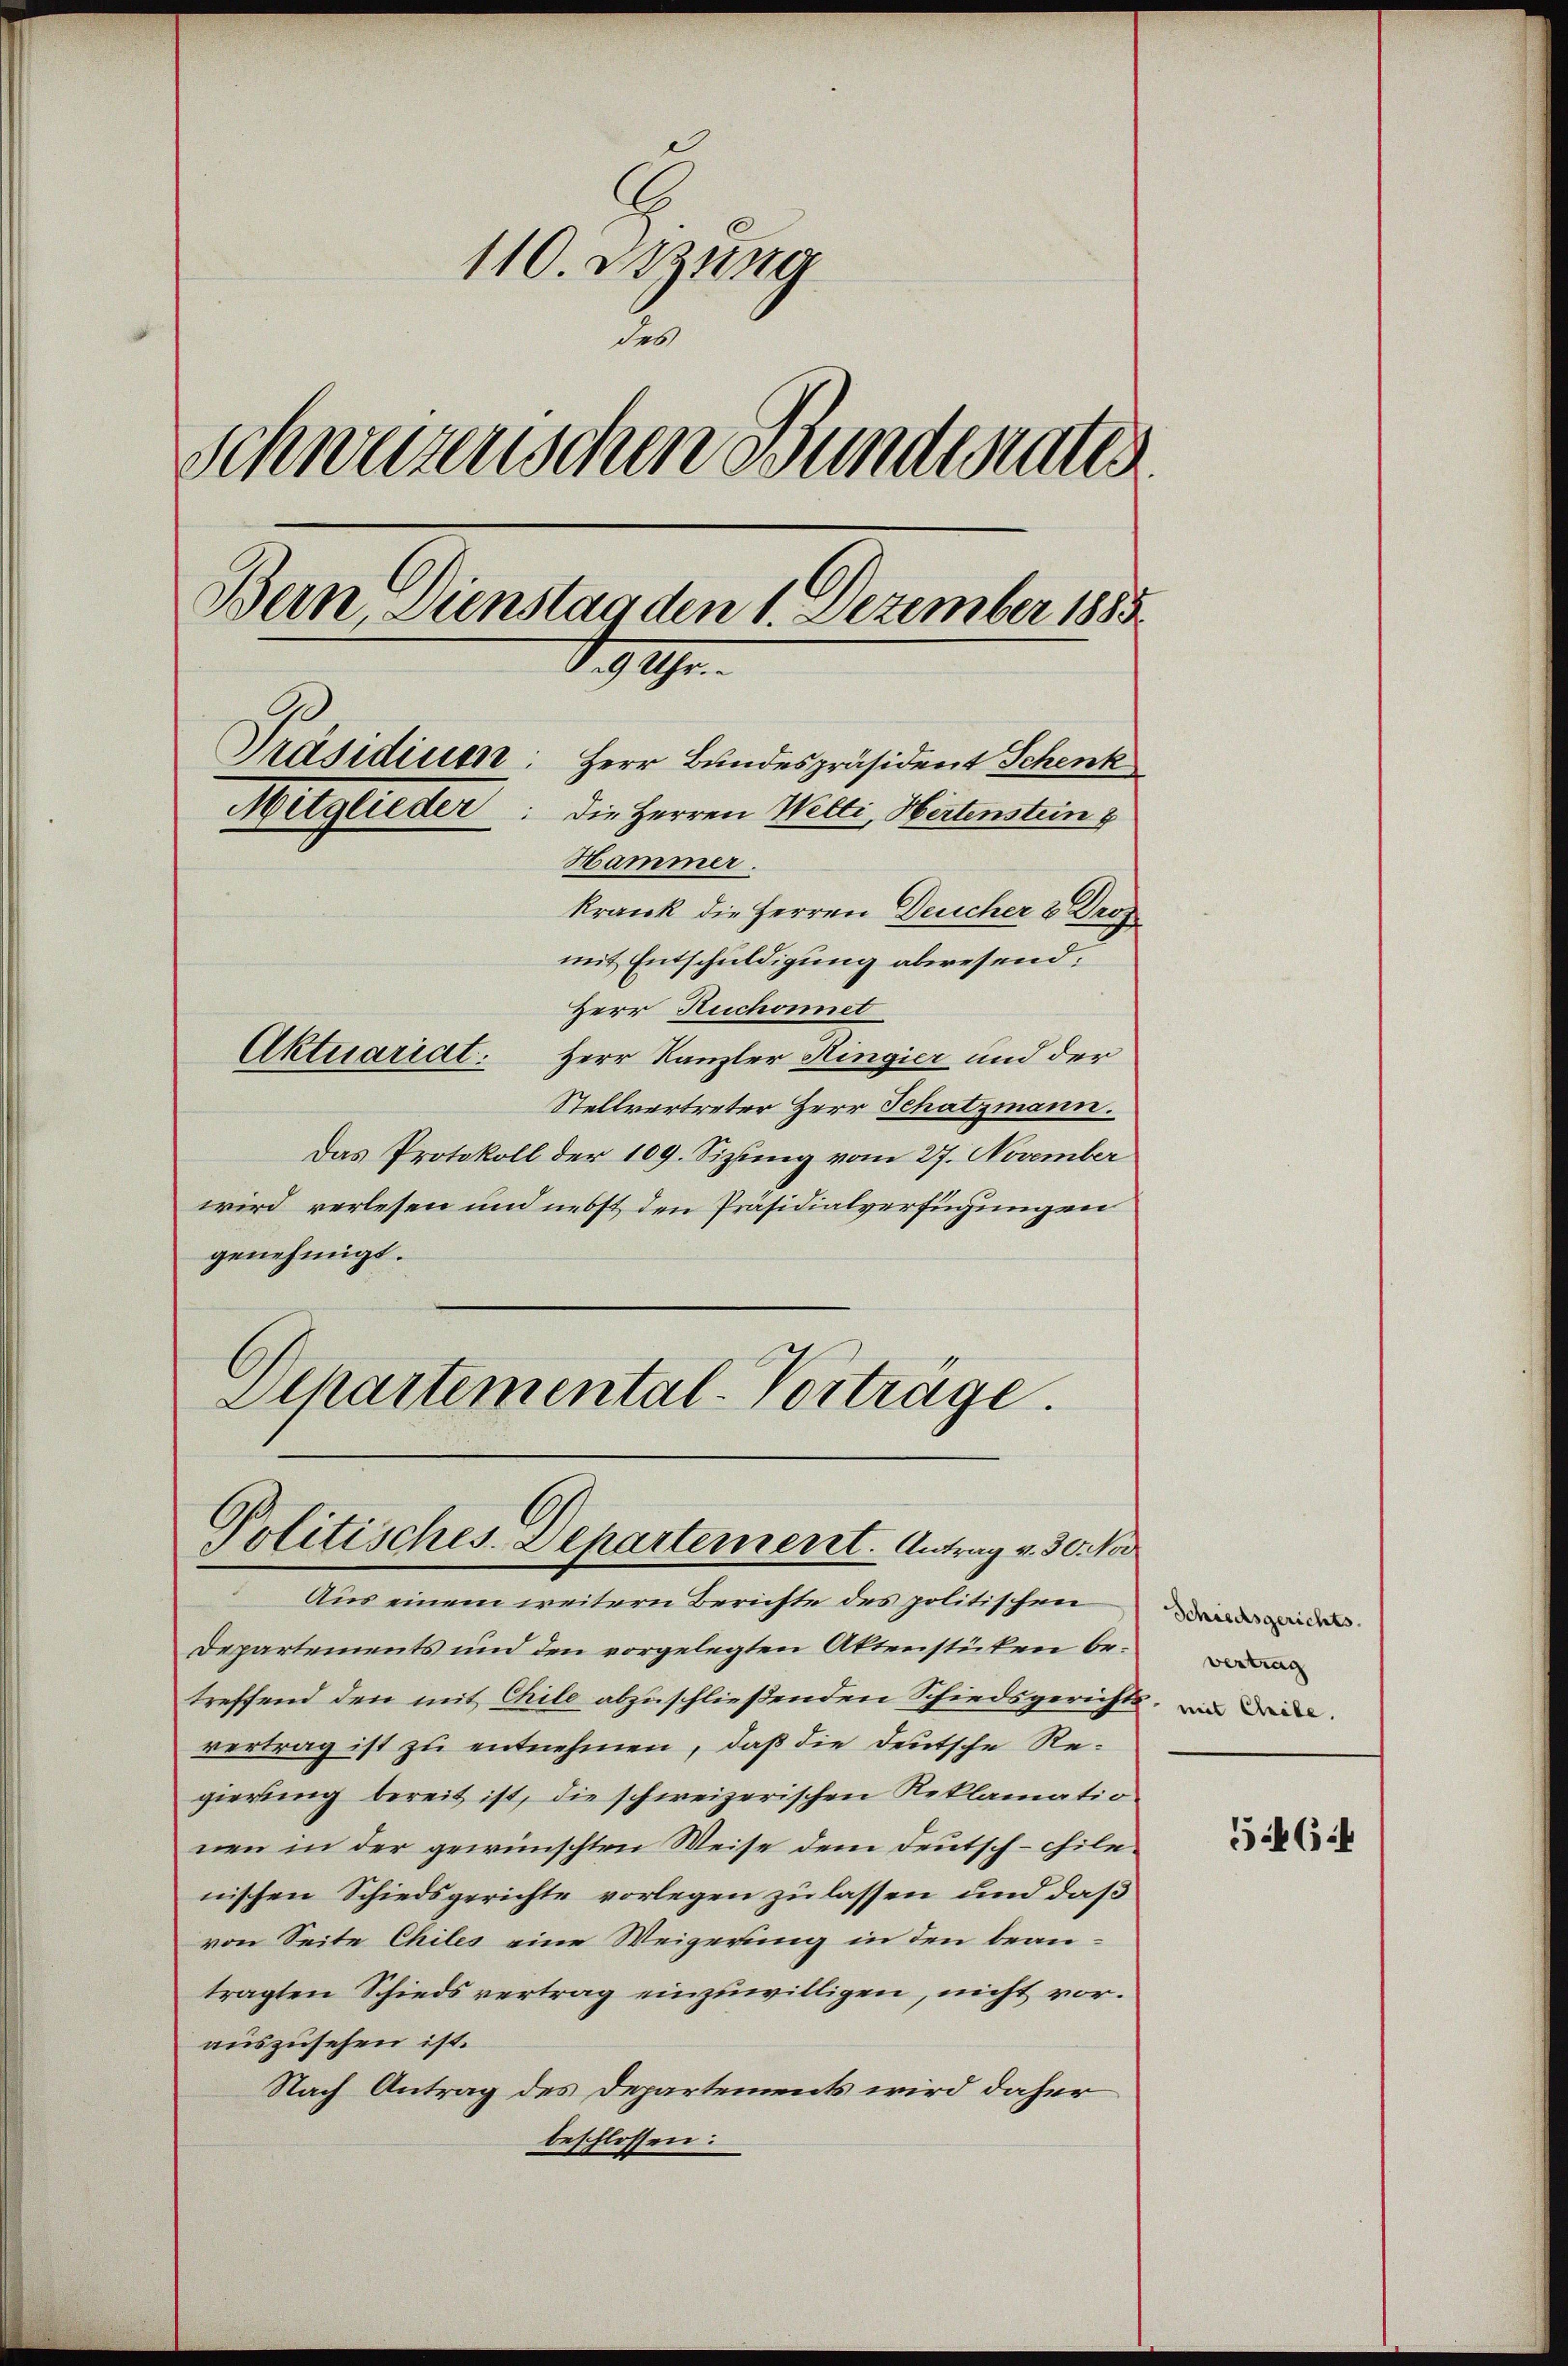
110. Sitzung
des
Schweizerischen Bunderatis
Bern Dienstag den 1. Dezember 1885.
D.9 Uhr.
Präsidium
Herr Bundespräsident Schenk
Mitglieder
Die Herren Welti, Hertenstein b
Hammer.
krank die Herren Deucher & Prof
mit Entschuldigung abwesend:
Herr Ruchonnet
Aktuariat. Herr Kanzler Hingier und der
Stellvertreter Herr Schatzmann.

Das Protokoll der 109. Sizting vom 27. November
wird verlesen und nebst den Präsidialverfügungen
genehmigt.
Dchartemental-Vorträge.

Politisches Departement. Antrag v. 30. No

Aus einem weitern Berichte des politischen
Departements und den vorgelegten Aktenstücken betreffend den mit Chile abzuschließenden Schiedsgerichts, in den
vertrag ist zu entnehmen, daß die Deutsche Regierung bereit ist, die schweizerischen Reklamatio
nen in der gewünschten Weise dem Deutsch-chilenischen Schiedsgerichte vorlegen zu lassen und daß
von Seite Chiles eine Weigerung in den beantragten Schiedsvertrag einzuwilligen, nicht vor.
auszusehen ist.
Nach Antrag des Departements wird daher
beschlossen:

Schiedsgerichts.
vertrag

564